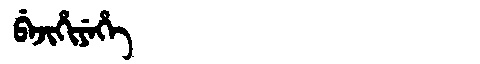
Manchu: ᠪᡝᠵᡳᡥᡳᠶᡝᡥᡝ
Romanization: BEJIHIYEHE